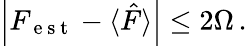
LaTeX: \begin{array}{r}{\left|F_{\mathrm{~e~s~t~}}-\langle\hat{F}\rangle\right|\leq 2\Omega\, .}\end{array}